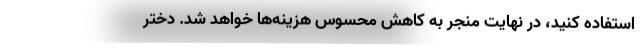
استفاده کنید، در نهایت منجر به کاهش محسوس هزینه‌ها خواهد شد. دختر